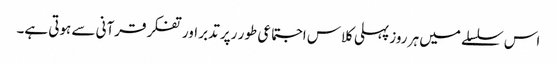
اس سلسلے میں ہر روز پہلی کلاس اجتماعی طور رپر تدبر اور تفکر قرآنی سے ہوتی ہے۔